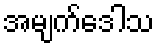
အမျက်ဒေါသ